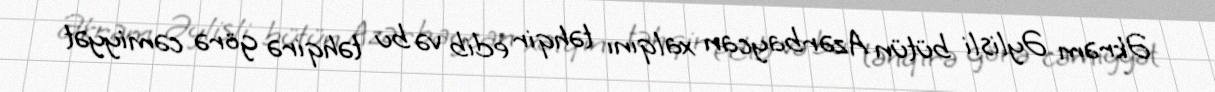
Əkrəm Əylisli bütün Azərbaycan xalqını təhqir edib və bu təhqirə görə cəmiyyət